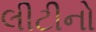
લીટીનો